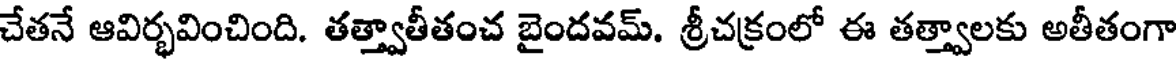
చేతనే ఆవిర్భవించింది. తత్త్వాతీతంచ బైందవమ్. శ్రీచక్రంలో ఈ తత్త్వాలకు అతీతంగా